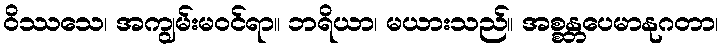
ဝိဿသေ၊ အကျွမ်းမဝင်ရာ။ ဘရိယာ၊ မယားသည်။ အစ္စန္တပေမာနုဂတာ၊